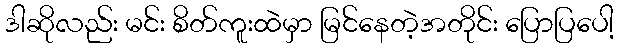
ဒါဆိုလည်း မင်း စိတ်ကူးထဲမှာ မြင်နေတဲ့အတိုင်း ပြောပြပေါ့